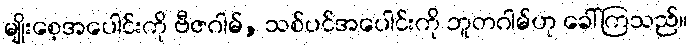
မျိုးစေ့အပေါင်းကို ဗီဇဂါမ်, သစ်ပင်အပေါင်းကို ဘူတဂါမ်ဟု ခေါ်ကြသည်။